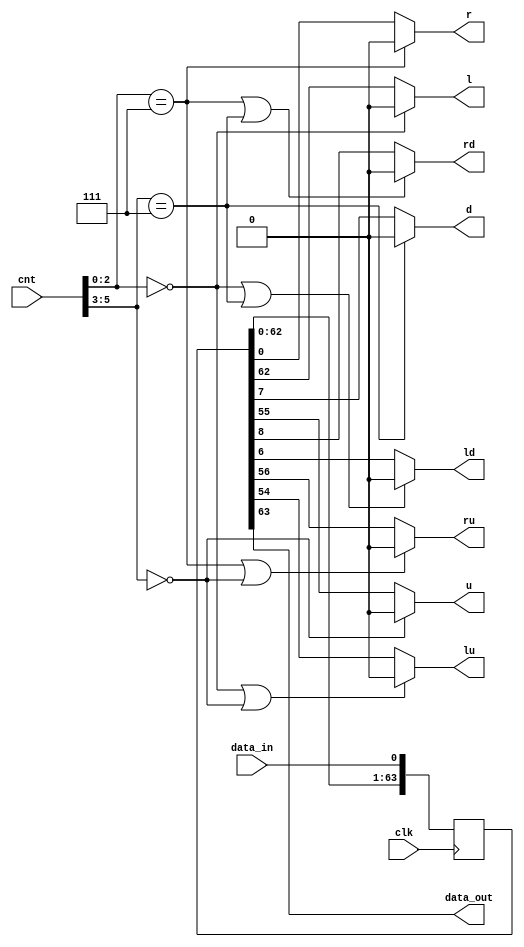
`timescale 1ns / 1ps
//////////////////////////////////////////////////////////////////////////////////
// Company: 
// Engineer: 
// 
// Design Name: 
// Module Name:    array 
// Project Name: 
// Target Devices: 
// Tool versions: 
// Description: 
//
// Dependencies: 
//
// Revision: 
// Revision 0.01 - File Created
// Additional Comments: 
//
//////////////////////////////////////////////////////////////////////////////////
module array1(
	input clk,
	input data_in,
	input [5:0]cnt,
	output data_out,
	//output [2:0]x,
	//output [2:0]y,
	output l, r, u, d, lu, ld, ru, rd
 );

reg [63:0]data;
//reg [5:0]cnt;
wire [2:0]x;
wire [2:0]y;
always @(posedge clk)
begin
	data <= {data[62:0], data_in};
	//cnt <= cnt + 1;
end

// [lu] [u]        [ru]
// [l]  [data_out] [r]
// [ld] [d]        [rd]

assign data_out = data[63];
assign x = cnt[2:0];
assign y = cnt[5:3];
assign r = (x == 3'd7) ? 1'b0 : data[0];
assign l = (x == 3'd0) ? 1'b0 : data[62];
assign d = (y == 3'd7) ? 1'b0 : data[7];
assign u = (y == 3'd0) ? 1'b0 : data[55];
assign rd = ((x == 3'd7) || (y == 3'd7)) ? 1'b0 : data[8];
assign ld = ((x == 3'd0) || (y == 3'd7)) ? 1'b0 : data[6];
assign ru = ((x == 3'd7) || (y == 3'd0)) ? 1'b0 : data[56];
assign lu = ((x == 3'd0) || (y == 3'd0)) ? 1'b0 : data[54];

endmodule